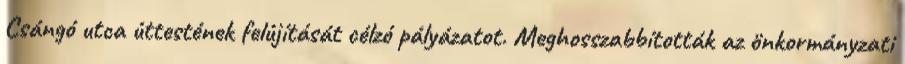
Csángó utca úttestének felújítását célzó pályázatot. Meghosszabbították az önkormányzati